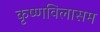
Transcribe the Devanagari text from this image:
कृष्णविलासम